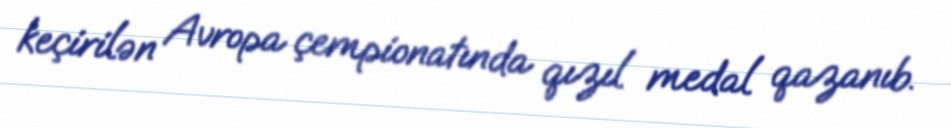
keçirilən Avropa çempionatında qızıl medal qazanıb.